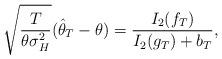
LaTeX: \begin{align*}\sqrt{\frac{T}{\theta \sigma^2_H}} (\hat{\theta}_T-\theta )=\frac{I_2(f_T)}{ I_2(g_T)+b_T},\end{align*}